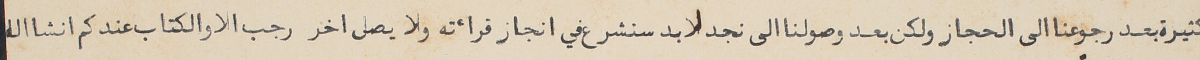
كثيرة بعد رجوعنا الى الحجاز ولكن بعد وصولنا الى نجد لا بد سنشرع في انجاز قراءته ولا يصل اخر رجب الا والكتاب عندكم انشاالله